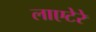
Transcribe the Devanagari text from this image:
लाएटेरे